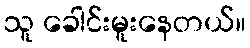
သူ ခေါင်းမူးနေတယ်။